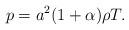
LaTeX: \begin{align*} p = a^2(1 + \alpha)\rho T.\end{align*}